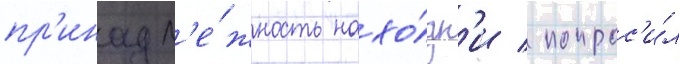
пр'инадл'е́жность нахо́дк'и / попрос'и́л